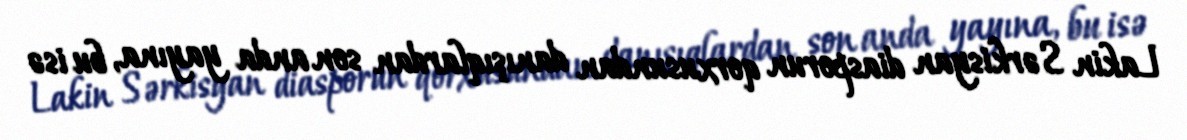
Lakin Sərkisyan diasporun qorxusundan danışıqlardan son anda yayına, bu isə